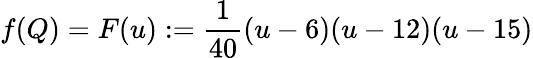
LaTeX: f(Q)=F(u):=\frac{1}{40}(u-6)(u-12)(u-15)